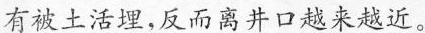
有被土活埋，反而离井口越来越近。